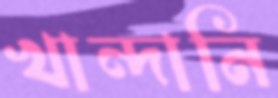
খান্দানি